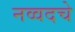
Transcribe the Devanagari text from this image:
नव्वदचे